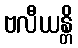
ဗလီယန္တိ